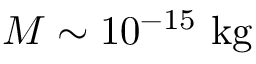
M \sim 1 0 ^ { - 1 5 } ~ \mathrm { k g }